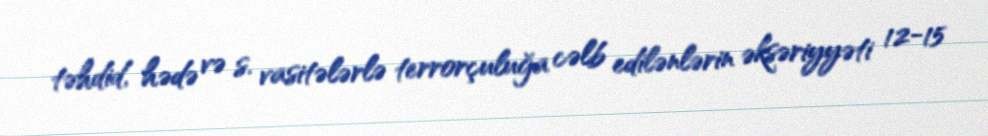
təhdid, hədə və s. vasitələrlə terrorçuluğa cəlb edilənlərin əksəriyyəti 12-15